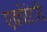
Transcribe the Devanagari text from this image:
एक्रोटिरी